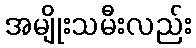
အမျိုးသမီးလည်း